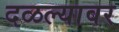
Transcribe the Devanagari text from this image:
दळल्यावर